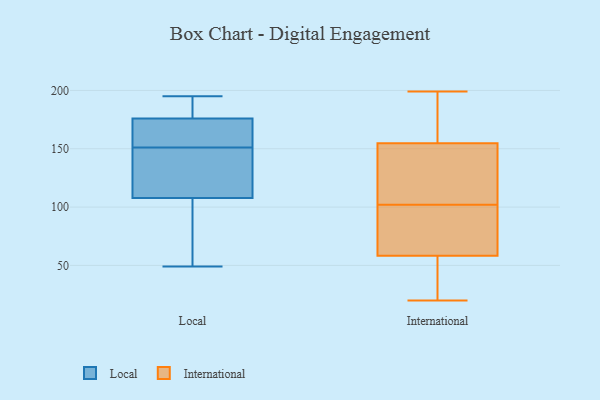
{"axis": {"x": "Population (Million)", "y": "Value"}, "legend": ["International", "Local"], "data": [{"x": "", "y": 112, "type": "Local"}, {"x": "", "y": 151, "type": "Local"}, {"x": "", "y": 151, "type": "Local"}, {"x": "", "y": 95, "type": "Local"}, {"x": "", "y": 150, "type": "Local"}, {"x": "", "y": 176, "type": "Local"}, {"x": "", "y": 195, "type": "Local"}, {"x": "", "y": 149, "type": "Local"}, {"x": "", "y": 190, "type": "Local"}, {"x": "", "y": 146, "type": "Local"}, {"x": "", "y": 158, "type": "Local"}, {"x": "", "y": 77, "type": "Local"}, {"x": "", "y": 49, "type": "Local"}, {"x": "", "y": 93, "type": "Local"}, {"x": "", "y": 176, "type": "Local"}, {"x": "", "y": 170, "type": "Local"}, {"x": "", "y": 194, "type": "Local"}, {"x": "", "y": 38, "type": "International"}, {"x": "", "y": 199, "type": "International"}, {"x": "", "y": 74, "type": "International"}, {"x": "", "y": 20, "type": "International"}, {"x": "", "y": 197, "type": "International"}, {"x": "", "y": 106, "type": "International"}, {"x": "", "y": 138, "type": "International"}, {"x": "", "y": 147, "type": "International"}, {"x": "", "y": 182, "type": "International"}, {"x": "", "y": 102, "type": "International"}, {"x": "", "y": 63, "type": "International"}, {"x": "", "y": 96, "type": "International"}, {"x": "", "y": 178, "type": "International"}, {"x": "", "y": 102, "type": "International"}, {"x": "", "y": 29, "type": "International"}, {"x": "", "y": 44, "type": "International"}, {"x": "", "y": 101, "type": "International"}]}